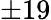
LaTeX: \pm 19